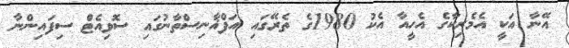
އޭނާ އަކީ އެމެރިކާގެ އެހީއާ އެކު 1980ގެ ތެރޭގައި އަފްޣާނިސްތާނުގައި ސޮވިއެޓް ސިފައިންނާ